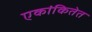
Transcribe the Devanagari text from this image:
एकांकितेत